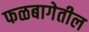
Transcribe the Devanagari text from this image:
फळबागेतील